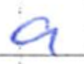
Text: a
Cross-out: clean
Writing tool: ballpoint